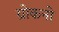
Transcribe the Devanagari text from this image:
ग्रोकनो